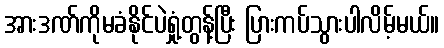
အားဒဏ်ကိုမခံနိုင်ပဲရှုံ့တွန့်ပြီး ပြားကပ်သွားပါလိမ့်မယ်။